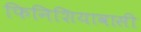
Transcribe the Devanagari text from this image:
फिनिशियावासी